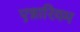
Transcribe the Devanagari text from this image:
एन्नारियम